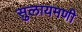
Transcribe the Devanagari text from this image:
सुलायमणी